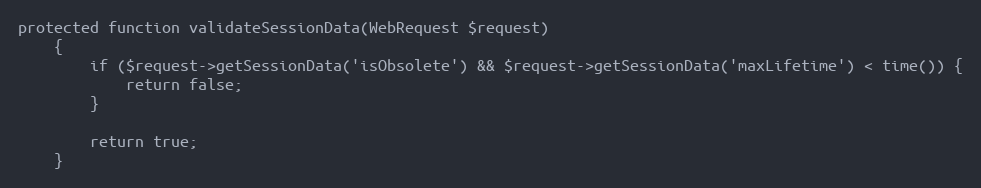
Language: PHP
protected function validateSessionData(WebRequest $request)
    {
        if ($request->getSessionData('isObsolete') && $request->getSessionData('maxLifetime') < time()) {
            return false;
        }

        return true;
    }